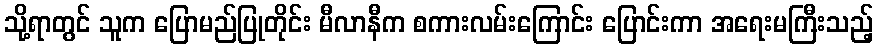
သို့ရာတွင် သူက ပြောမည်ပြုတိုင်း မီလာနီက စကားလမ်းကြောင်း ပြောင်းကာ အရေးမကြီးသည့်